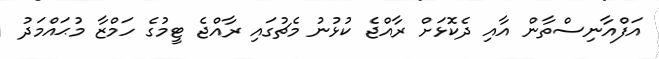
އަފްއާނިސްތާން އާއި ދެކޮޅަށް ރާއްޖެ ކުޅުނު މެޗުގައި ރާއްޖެ ޓީމުގެ ހަމްޒާ މުޙައްމަދު